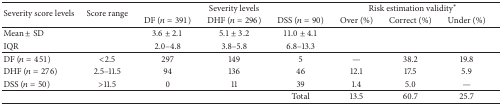
| <ROWSPAN=2> Severity score levels | <ROWSPAN=2> Score range | <COLSPAN=3> Severity levels | <COLSPAN=3> Risk estimation validity* |
 | DF (n = 391) | DHF (n = 296) | DSS (n = 90) | Over (%) | Correct (%) | Under (%) |
 | --- | --- | --- | --- | --- | --- | --- | --- |
 | Mean ± SD |  | 3.6 ± 2.1 | 5.1 ± 3.2 | 11.0 ± 4.1 |  |  |  |
 | IQR |  | 2.0–4.8 | 3.8–5.8 | 6.8–13.3 |  |  |  |
 | DF (n = 451) | <2.5 | 297 | 149 | 5 | — | 38.2 | 19.8 |
 | DHF (n = 276) | 2.5–11.5 | 94 | 136 | 46 | 12.1 | 17.5 | 5.9 |
 | DSS (n = 50) | >11.5 | 0 | 11 | 39 | 1.4 | 5.0 | — |
 |  |  |  |  | Total | 13.5 | 60.7 | 25.7 |